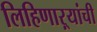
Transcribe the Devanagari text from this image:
लिहिणाऱ्यांची